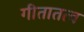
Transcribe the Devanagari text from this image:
गीतातत्व